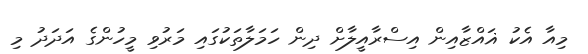
މިއާ އެކު ޣައްޒާއިން އިސްރާއީލާށް ދިން ހަމަލާތަކުގައި މަރުވި މީހުންގެ އަދަދު މި